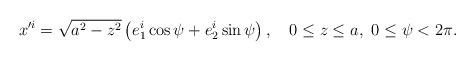
LaTeX: \begin{align*}x^{\prime i} = \sqrt{a^2 - z^2 } \left( e_1^i\cos\psi + e_2^i \sin\psi \right),~~~ 0 \leq z \leq a,~0\leq\psi < 2\pi.\end{align*}